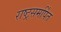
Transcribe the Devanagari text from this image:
राष्ट्रसमर्पित